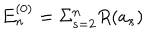
LaTeX: E _ { n } ^ { ( 0 ) } = \Sigma _ { s = 2 } ^ { n } R ( a _ { s } )